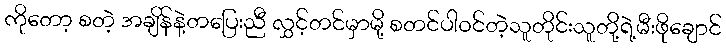
ကိုတော့ စတဲ့ အချိန်နဲ့တပြေးညီ လွှင့်တင်မှာမို့ စတင်ပါ၀င်တဲ့သူတိုင်းသူတို့ရဲ့မီးဖိုချောင်